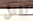
تقتل